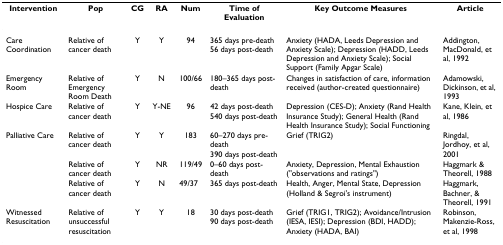
<table><thead><tr><td><b>Intervention</b></td><td><b>Pop</b></td><td><b>CG</b></td><td><b>RA</b></td><td><b>Num</b></td><td><b>Time of Evaluation</b></td><td><b>Key Outcome Measures</b></td><td><b>Article</b></td></tr></thead><tbody><tr><td>Care Coordination</td><td>Relative of cancer death</td><td>Y</td><td>Y</td><td>94</td><td>365 days pre-death56 days post-death</td><td>Anxiety (HADA, Leeds Depression and Anxiety Scale); Depression (HADD, Leeds Depression and Anxiety Scale); Social Support (Family Apgar Scale)</td><td>Addington, MacDonald, et al, 1992</td></tr><tr><td>Emergency Room</td><td>Relative of Emergency Room Death</td><td>Y</td><td>N</td><td>100/66</td><td>180–365 days post-death</td><td>Changes in satisfaction of care, information received (author-created questionnaire)</td><td>Adamowski, Dickinson, et al, 1993</td></tr><tr><td>Hospice Care</td><td>Relative of cancer death</td><td>Y</td><td>Y-NE</td><td>96</td><td>42 days post-death540 days post-death</td><td>Depression (CES-D); Anxiety (Rand Health Insurance Study); General Health (Rand Health Insurance Study); Social Functioning</td><td>Kane, Klein, et al, 1986</td></tr><tr><td>Palliative Care</td><td>Relative of cancer death</td><td>Y</td><td>Y</td><td>183</td><td>60–270 days pre-death390 days post-death</td><td>Grief (TRIG2)</td><td>Ringdal, Jordhoy, et al, 2001</td></tr><tr><td></td><td>Relative of cancer death</td><td>Y</td><td>NR</td><td>119/49</td><td>0–60 days post-death</td><td>Anxiety, Depression, Mental Exhaustion (&quot;observations and ratings&quot;)</td><td>Haggmark &amp; Theorell, 1988</td></tr><tr><td></td><td>Relative of cancer death</td><td>Y</td><td>N</td><td>49/37</td><td>365 days post-death</td><td>Health, Anger, Mental State, Depression (Holland &amp; Segroi&#x27;s instrument)</td><td>Haggmark, Bachner, &amp; Theorell, 1991</td></tr><tr><td>Witnessed Resuscitation</td><td>Relative of unsuccessful resuscitation</td><td>Y</td><td>Y</td><td>18</td><td>30 days post-death 90 days post-death</td><td>Grief (TRIG1, TRIG2); Avoidance/Intrusion (IESA, IESI); Depression (BDI, HADD); Anxiety (HADA, BAI)</td><td>Robinson, Makenzie-Ross, et al, 1998</td></tr></tbody></table>